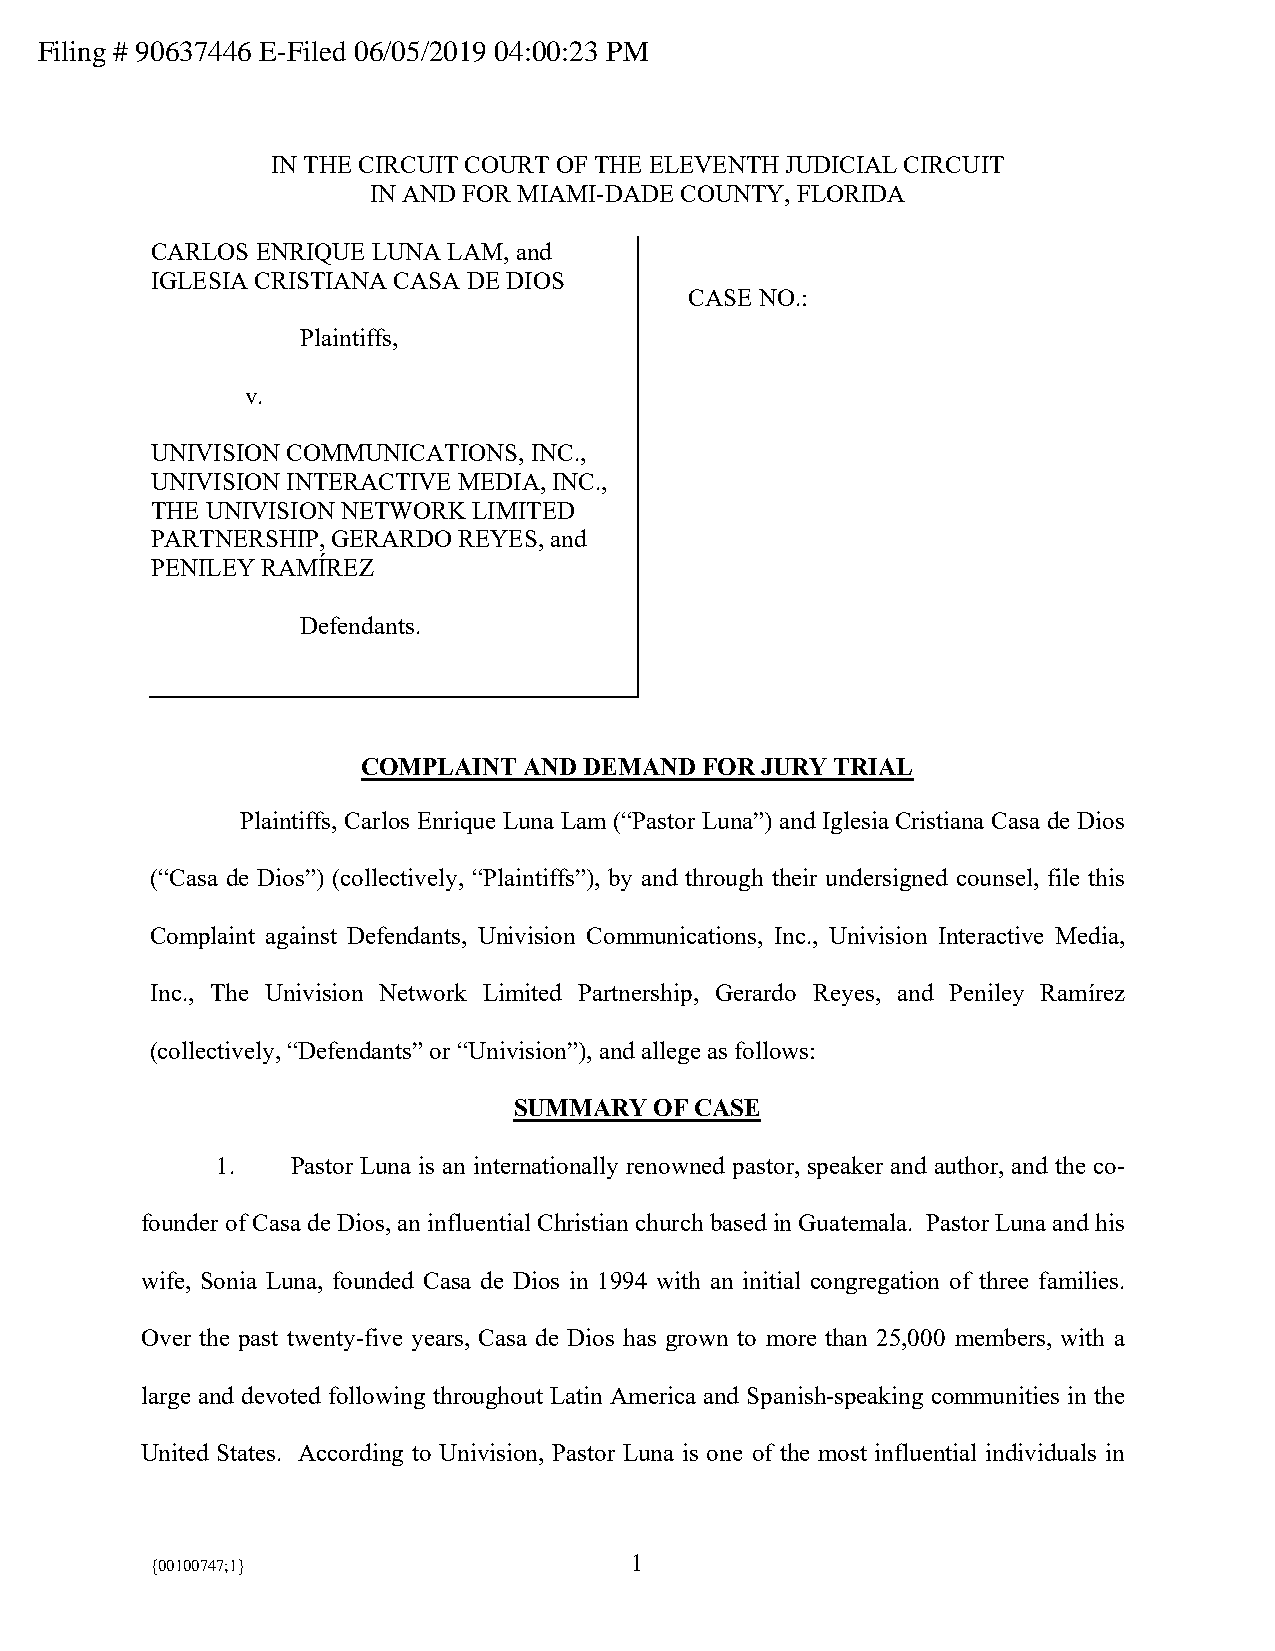
Filing # 90637446 E-Filed 06/05/2019 04:00:23 PM
 IN THE CIRCUIT COURT OF THE ELEVENTH JUDICIAL CIRCUIT
 IN AND FOR MIAMI-DADE COUNTY, FLORIDA
 CARLOS ENRIQUE LUNA LAM, and
 IGLESIA CRISTIANA CASA DE DIOS
 CASE NO.:
 Plaintiffs,
 v.
 UNIVISION COMMUNICATIONS, INC.,
 UNIVISION INTERACTIVE MEDIA, INC.,
 THE UNIVISION NETWORK LIMITED
 PARTNERSHIP, GERARDO REYES, and
 PENILEY RAMÍREZ
 Defendants.
 COMPLAINT  AND DEMAND FOR JURY TRIAL
 Plaintiffs, Carlos Enrique Luna Lam (“Pastor Luna”) and Iglesia Cristiana Casa de Dios
 (“Casa de Dios”) (collectively, “Plaintiffs”), by and through their undersigned counsel, file this
 Complaint against Defendants, Univision Communications, Inc., Univision Interactive Media,
 Inc., The Univision Network Limited Partnership, Gerardo Reyes, and Peniley Ramírez
 (collectively, “Defendants” or “Univision”), and allege as follows:
 SUMMARY  OF CASE
 1.   Pastor Luna is an internationally renowned pastor, speaker and author, and the co-
 founder of Casa de Dios, an influential Christian church based in Guatemala. Pastor Luna and his
 wife, Sonia Luna, founded Casa de Dios in 1994 with an initial congregation of three families.
 Over the past twenty-five years, Casa de Dios has grown to more than 25,000 members, with a
 large and devoted following throughout Latin America and Spanish-speaking communities in the
 United States. According to Univision, Pastor Luna is one of the most influential individuals in
 1
 {00100747;1}